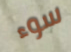
سوء